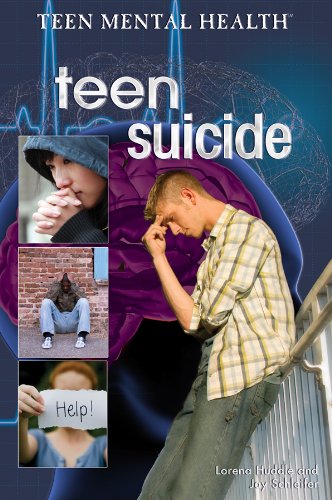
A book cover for Teen Suicide (Teen Mental Health); Lorena Huddle; Teen & Young Adult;